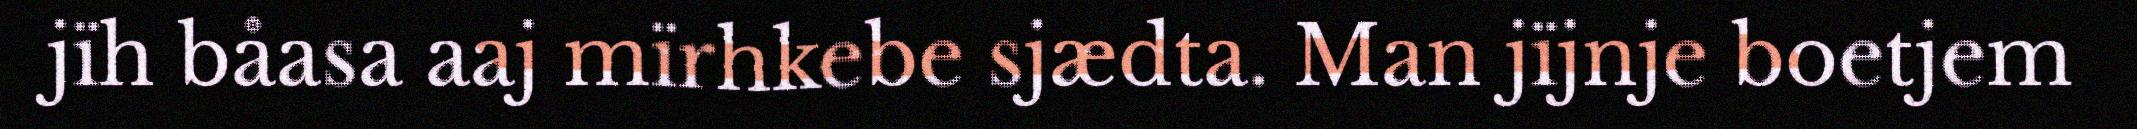
jïh båasa aaj mïrhkebe sjædta. Man jïjnje boetjem